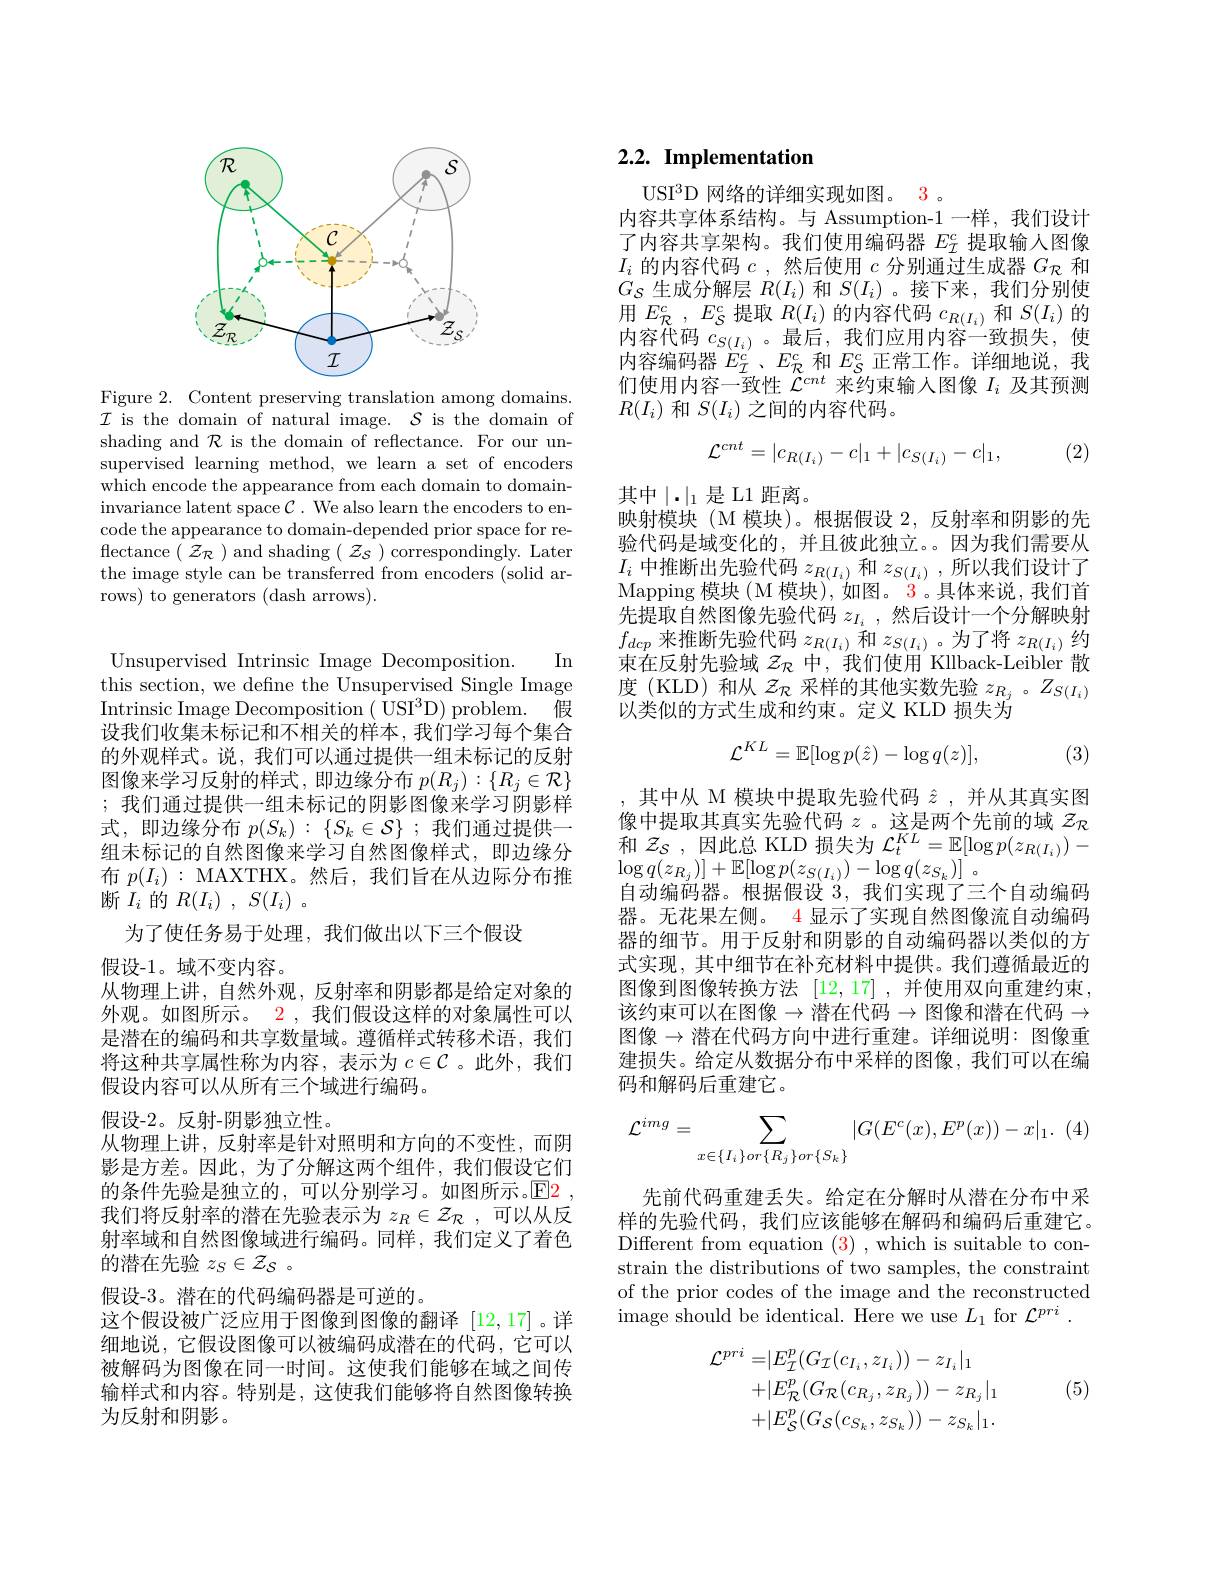
<FigureHere>

Figure 2. Content preserving translation among domains. $\mathcal{I}$ is the domain of natural image. $\mathcal{S}$ is the domain of shading and $\mathcal{R}$ is the domain of reflectance. For our unsupervised learning method, we learn a set of encoders which encode the appearance from each domain to domaininvariance latent space $\mathcal{C}.$ We also learn the encoders to encode the appearance to domain-depended prior space for reflectance $(\mathcal{Z}_{\mathcal{R}})$ and shading $(\mathcal{Z}_{\mathcal{S}})$ correspondingly. Later the image style can be transferred from encoders (solid arrows) to generators (dash arrows).

In

Unsupervised Intrinsic Image Decomposition.
this section, we define the Unsupervised Single Image Intrinsic Image Decomposition ( USI$^3$D) problem. 假设我们收集未标记和不相关的样本，我们学习每个集合的外观样式。说，我们可以通过提供一组未标记的反射图像来学习反射的样式，即边缘分布$p(R_j):\{R_j\in\mathcal{R}\}$ ;我们通过提供一组未标记的阴影图像来学习阴影样式，即边缘分布$p(S_k):\{S_k\in\mathcal{S}\};$我们通过提供一组未标记的自然图像来学习自然图像样式，即边缘分$\begin{array}{l}{\text{布 }p(I_{i})~:~\mathrm{MAXTHX。然后，我们旨在从边际分布推}}\\{\text{断 }I_{i}~\text{的 }R(I_{i})~,~S(I_{i})~。}\end{array}$
为了使任务易于处理，我们做出以下三个假设
假设-1。域不变内容。
从物理上讲，自然外观，反射率和阴影都是给定对象的外观。如图所示。2 , 我们假设这样的对象属性可以是潜在的编码和共享数量域。遵循样式转移术语，我们将这种共享属性称为内容，表示为$c\in\mathcal{C}$ 。此外，我们假设内容可以从所有三个域进行编码。
假设-2。反射-阴影独立性。
从物理上讲，反射率是针对照明和方向的不变性，而阴影是方差。因此，为了分解这两个组件，我们假设它们的条件先验是独立的，可以分别学习。如图所示。$\mathbb{E}$2我们将反射率的潜在先验表示为$z_R\in\mathcal{Z}_R$,可以从反射率域和自然图像域进行编码。同样，我们定义了着色的潜在先验$z_S\in{\mathcal{Z}}_S~.$
假设-3。潜在的代码编码器是可逆的。
这个假设被广泛应用于图像到图像的翻译[12,17]。详细地说，它假设图像可以被编码成潜在的代码，它可以被解码为图像在同一时间。这使我们能够在域之间传输样式和内容。特别是，这使我们能够将自然图像转换为反射和阴影。

# 2.2. Implementation

USI$^3$D 网络的详细实现如图。3。
内容共享体系结构。与 Assumption-1 一样，我们设计了内容共享架构。我们使用编码器$E_I^c$提取输人图像$I_i$的内容代码$c$ ,然后使用$c$分别通过生成器$G_\mathcal{R}$和$G_S$生成分解层$R(I_i)$和$S(I_i)$ 。接下来，我们分别使用$E_{\mathcal{R} }^{c}$ , $E_{\mathcal{S} }^{c}$提取$R(I_i)$的内容代码$c_R(I_i)$和$S(I_i)$的内容代码$c_{S(I_i)}$ 。最后，我们应用内容一致损失，使内容编码器$E_{\mathcal{I}}^{c}$、$E_{\mathcal{R}}^{c}$和$E_{\mathcal{S}}^{c}$正常工作。详细地说，我们使用内容一致性$\bar{\mathcal{L}^{cnt}\text{ 来约束输入图像 }I_i\text{ 及其预测}}$ $R(I_i)$和$S(I_i)$之间的内容代码。
$$\mathcal{L}^{cnt}=|c_{R(I_i)}-c|_1+|c_{S(I_i)}-c|_1,$$
(2)

其中$\mid\cdot\mid_1$是 L1 距离。
映射模块(M 模块)。根据假设 2,反射率和阴影的先验代码是域变化的，并且彼此独立。因为我们需要从$I_i$中推断出先验代码$z_R(I_i)$和$z_{S(I_i)}$ ,所以我们设计了Mapping 模块( M 模块), 如图。3 。具体来说，我们首先提取自然图像先验代码$z_{I_i}$,然后设计一个分解映射$f_{dcp}$来推断先验代码$z_R(I_i)$和$z_S(I_i)$ 。为了将$z_R(I_i)$约束在反射先验域$z_{\mathcal{R}}$中，我们使用 Kllback-Leibler 散度 (KLD) 和从$z_\mathcal{R}$采样的其他实数先验$z_R_j$ 。$Z_{S(I_i)}$ 以类似的方式生成和约束。定义 KLD 损失为
$$\mathcal{L}^{KL}=\mathbb{E}[\log p(\hat{z})-\log q(z)],$$
(3)

其中从 M 模块中提取先验代码$\hat{z}$ ,并从其真实图像中提取其真实先验代码$z$ 。这是两个先前的域$z_{\mathbb{R}}$ 和$\mathcal{Z}_S$,因此总 KLD 损失为$\mathcal{L}_t^KL=\mathbb{E}[\log p(z_{R(I_i)})-$ $\log q( z_{R_{j}}) ] + \mathbb{E} [ \log p( z_{S( I_{i}) }) - \log q( z_{S_{k}}) ]$ 。
自动编码器。根据假设3，我们实现了三个自动编码器。无花果左侧。$\color{red}{4}$显示了实现自然图像流自动编码器的细节。用于反射和阴影的自动编码器以类似的方式实现，其中细节在补充材料中提供。我们遵循最近的图像到图像转换方法[12,17] ,并使用双向重建约束， 该约束可以在图像$\to$潜在代码$\to$图像和潜在代码$\to$ 图像$\to$潜在代码方向中进行重建。详细说明：图像重建损失。给定从数据分布中采样的图像，我们可以在编码和解码后重建它。
$$\mathcal{L}^{img}=\sum_{x\in\{I_i\}or\{R_j\}or\{S_k\}}|G(E^c(x),E^p(x))-x|_1.$$
先前代码重建丢失。给定在分解时从潜在分布中采样的先验代码，我们应该能够在解码和编码后重建它。Different from equation (3) ,which is suitable to constrain the distributions of two samples, the constraint of the prior codes of the image and the reconstructed image should be identical. Here we use $L_1$ for $\mathcal{L}^pri$

(5)
$$\begin{aligned}\mathcal{L}^{pri}=&|E_{\mathcal{I}}^{p}(G_{\mathcal{I}}(c_{I_{i}},z_{I_{i}}))-z_{I_{i}}|_{1}\\&+|E_{\mathcal{R}}^{p}(G_{\mathcal{R}}(c_{R_{j}},z_{R_{j}}))-z_{R_{j}}|_{1}\\&+|E_{\mathcal{S}}^{p}(G_{\mathcal{S}}(c_{S_{k}},z_{S_{k}}))-z_{S_{k}}|_{1}.\end{aligned}$$